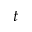
t